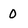
Character: 0